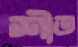
শীত